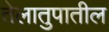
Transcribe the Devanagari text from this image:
तेलातुपातील